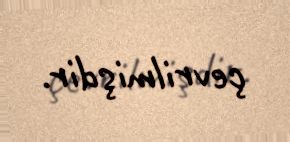
çevrilmişdir.